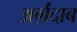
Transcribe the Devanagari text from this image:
अर्ग़ंदाब